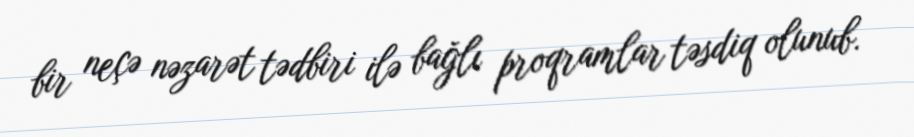
bir neçə nəzarət tədbiri ilə bağlı proqramlar təsdiq olunub.